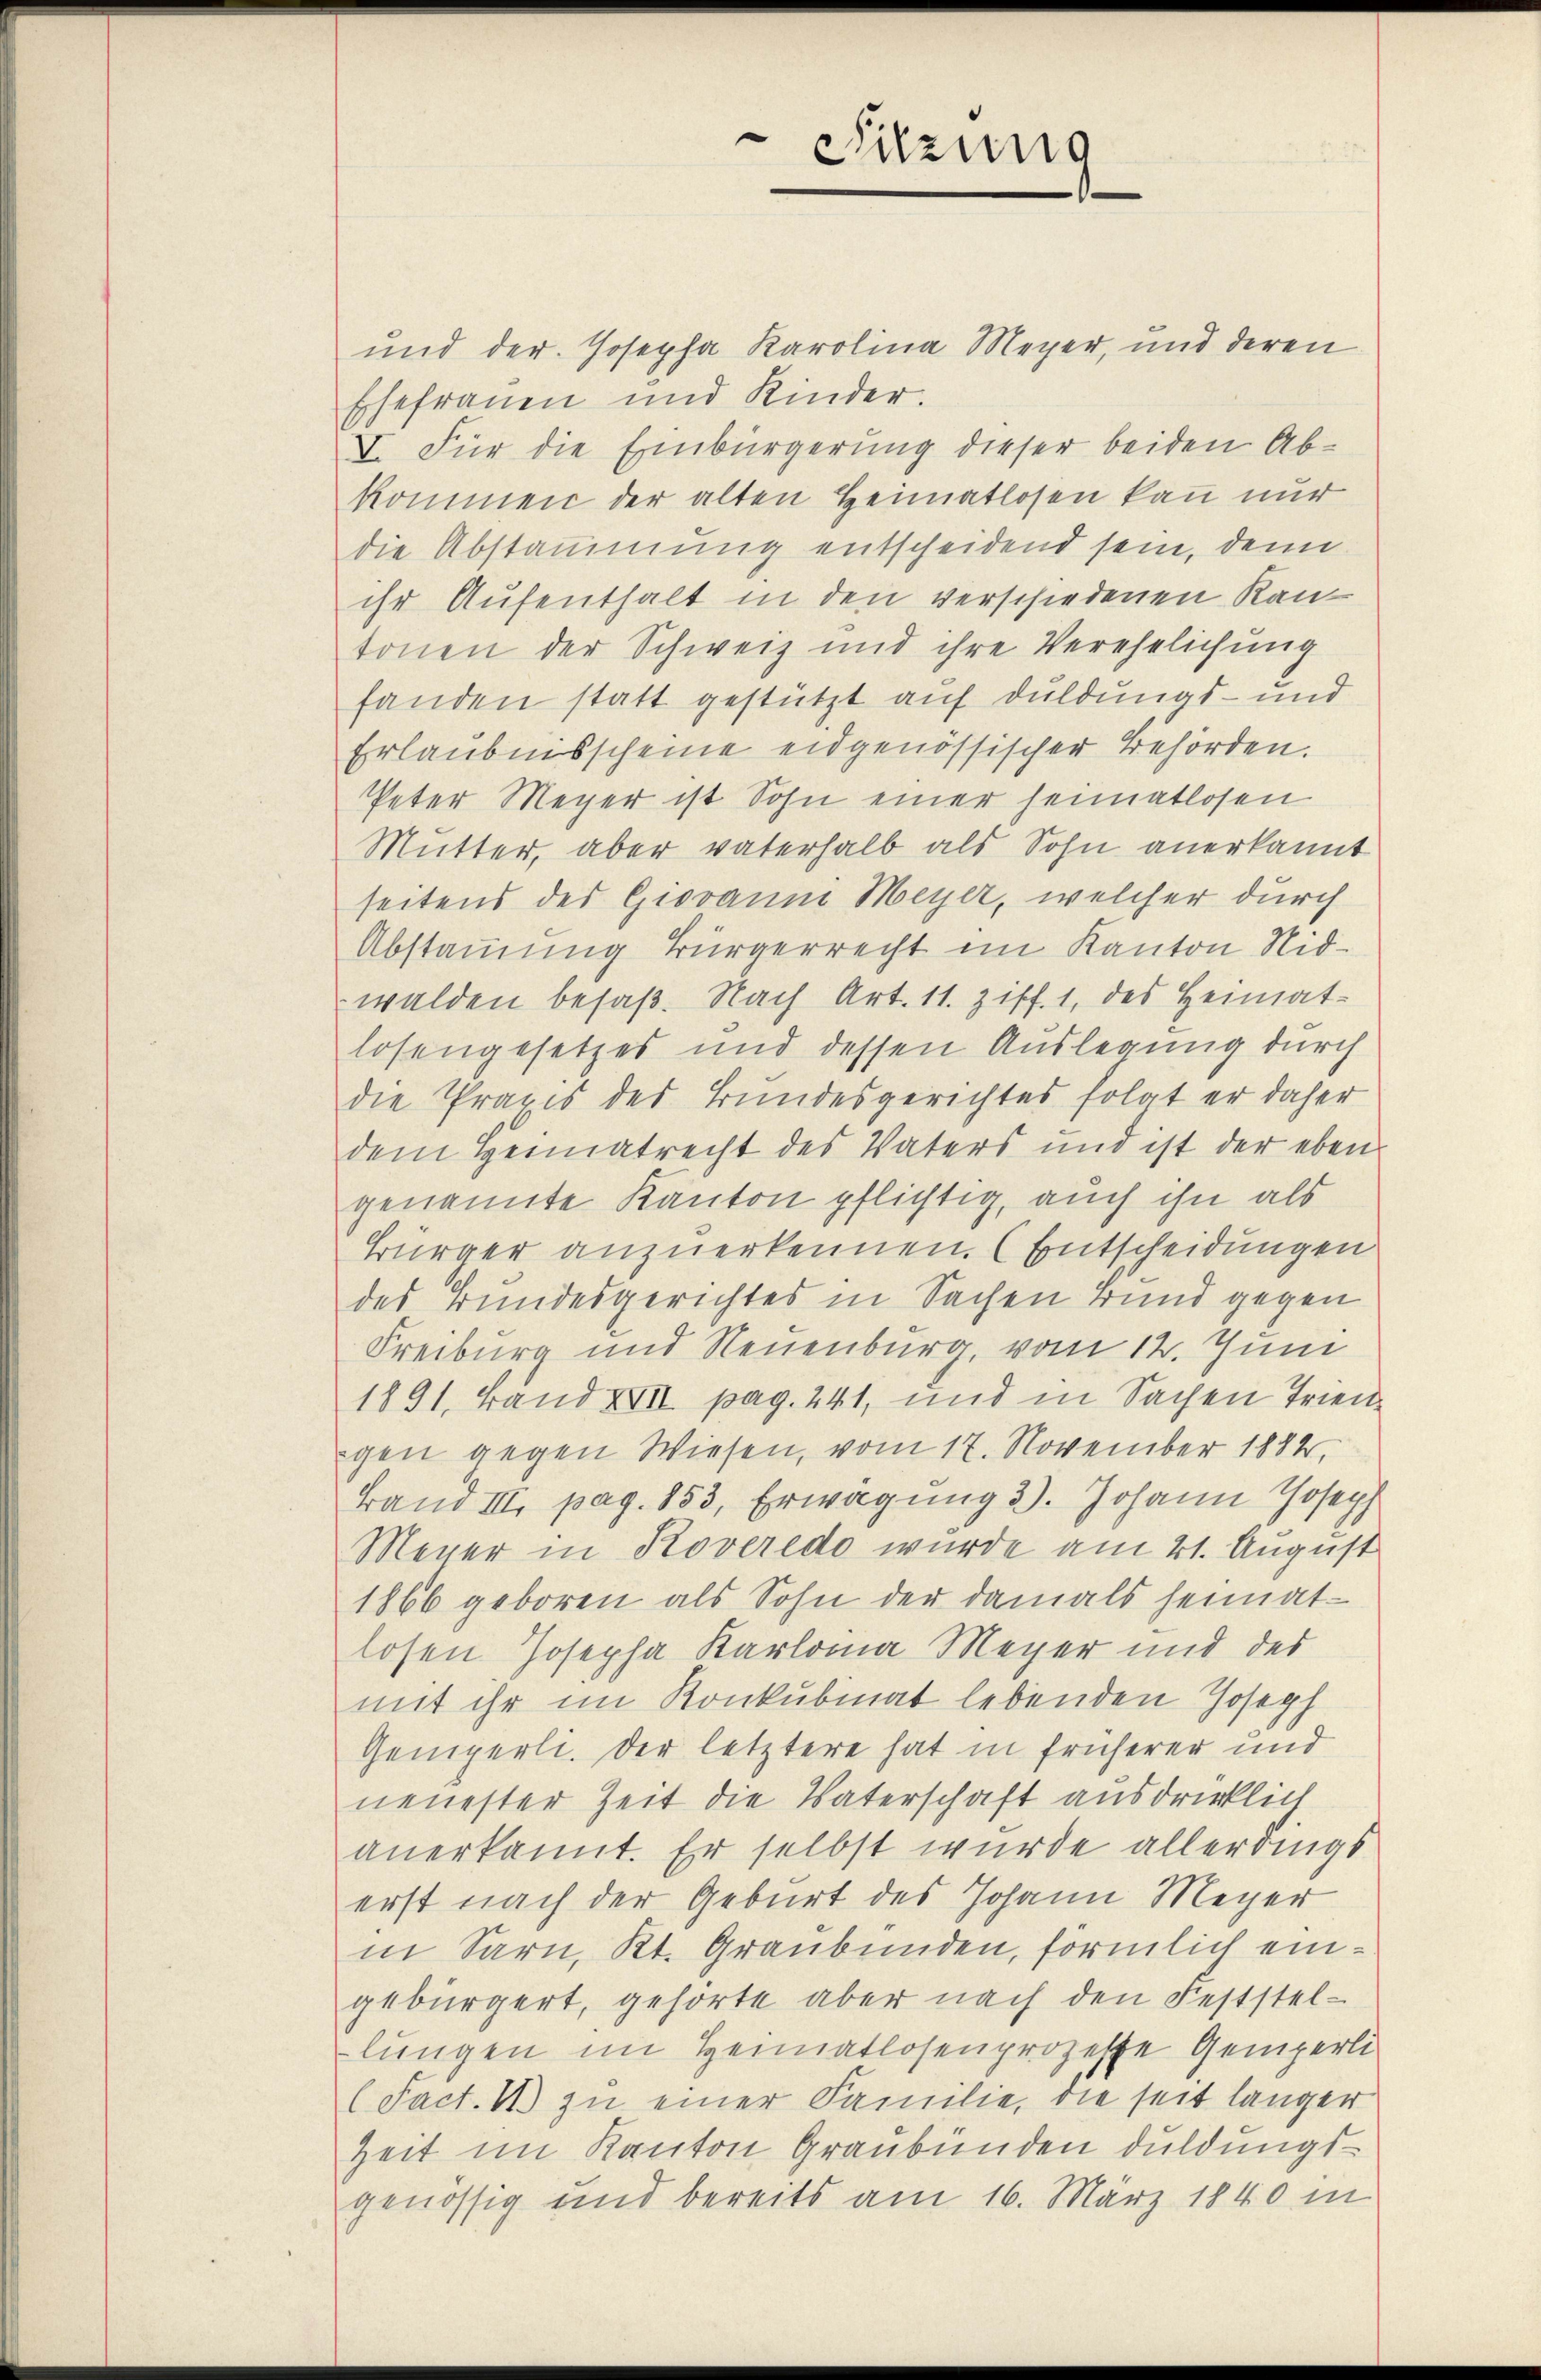
Sitzung

und der Josepha Karolina Meyer, und deren
Ehefrauen und Kinder.
I. Für die Einbürgerung dieser beiden Abkommen der alten Heimatlosen kann nur
die Abstammung entscheidend sein, denn
ihr Aufenthalt in den verschiedenen Kantonen der Schweiz und ihre Verehelichung
fanden statt gestützt auf Duldungs- und
Erlaubnisscheine eidgenössischer Behörden.
Peter Meyer ist Sohn einer heimatlosen
Mutter, aber vaterhalb als Sohn anerkannt
seitens des Giovanna Meyer, welcher durch
Abstammung Bürgerrecht im Kanton Nidwalden besaß. Nach Art. 11. Ziff. 1, des Heimatlosengesetzes und dessen Auslegung durch
die Praxis des Bundesgerichtes folgt er daher
dem Heimatrecht des Vaters und ist der eben
genannte Kanton pflichtig, auch ihn als
Bürger anzuerkennen. (Entscheidungen
des Bundesgerichtes in Sachen Bund gegen
Freiburg und Neuenburg, vom 12. Juni
1891. Land XVII pag. 241, und in Sachen Triengen gegen Wiesen, vom 17. November 1884,
Band III. pag. 853, Erwägung 3). Johann Joseph
Meuer in Roveredo wurde am 21. August
1866 geboren als Sohn der damals heimat-
losen Josepha Karloina Meyer und des
mit ihr im Konkubinat lebenden Joseph
Gemperli. Der letztere hat in früherer und
neuester Zeit die Vaterschaft ausdrücklich
anerkannt. Er selbst wurde allerdings
erst nach der Geburt des Johann Meyer
in Sarn, Kt. Graubünden, förmlich eingebürgert, gehörte aber nach den Feststellungen im Heimatlosenprozesse Gemperli
(Fact. 1 zu einer Familie, die seit länger
Zeit im Kanton Graubünden duldungsgenössig und bereits am 16. März 1840 in